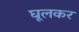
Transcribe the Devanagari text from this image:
घूलकर